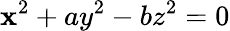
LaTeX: \mathbf{x}^{2}+ay^{2}-bz^{2}=0